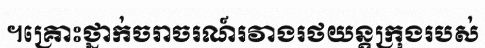
។គ្រោះថ្នាក់ចរាចរណ៍រវាងរថយន្តក្រុងរបស់